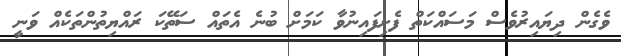
ވެގެން ދިޔައިރުވެސް މަސައްކަތް ފެށިފައިނުވާ ކަމަށް ބުނެ އެތައް ސަތޭކަ ރައްޔިތުންތަކެއް ވަނީ